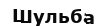
Шульба